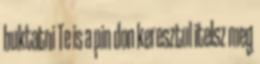
buktatni Te is a pin don keresztul itelsz meg